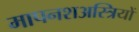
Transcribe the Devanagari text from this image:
मापनशअस्त्रियों